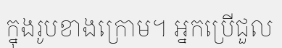
ក្នុងរូបខាងក្រោម។ អ្នកប្រើជួល